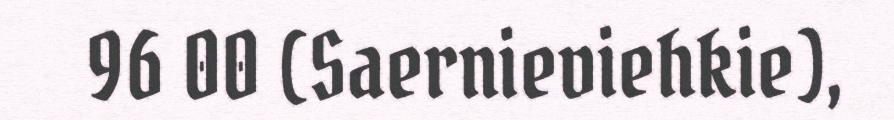
96 00 (Saernieviehkie),